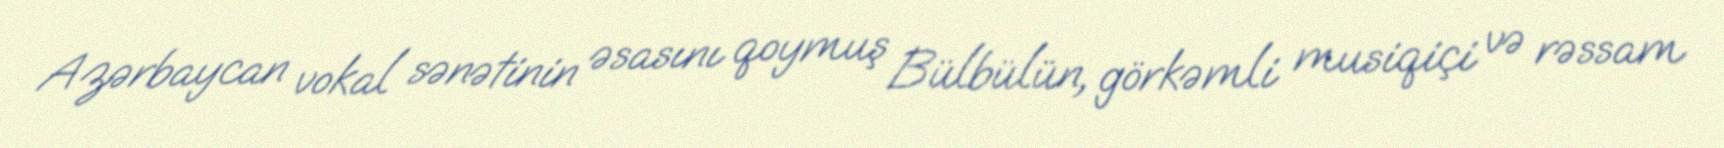
Azərbaycan vokal sənətinin əsasını qoymuş Bülbülün, görkəmli musiqiçi və rəssam